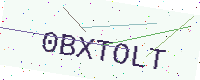
Text: 0BXTOLT